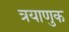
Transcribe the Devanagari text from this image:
त्रयाणुक